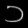
Digit: ၁